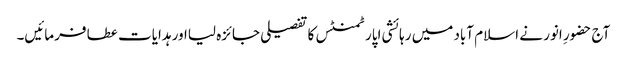
آج حضورِ انور نے اسلام آباد میں رہائشی اپارٹمنٹس کا تفصیلی جائزہ لیااور ہدایات عطا فرمائیں۔